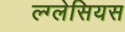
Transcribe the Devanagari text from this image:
ल्ग्लेसियस